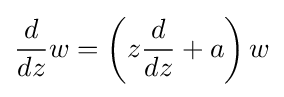
{\frac {d}{dz}}w=\left(z{\frac {d}{dz}}+a\right)w